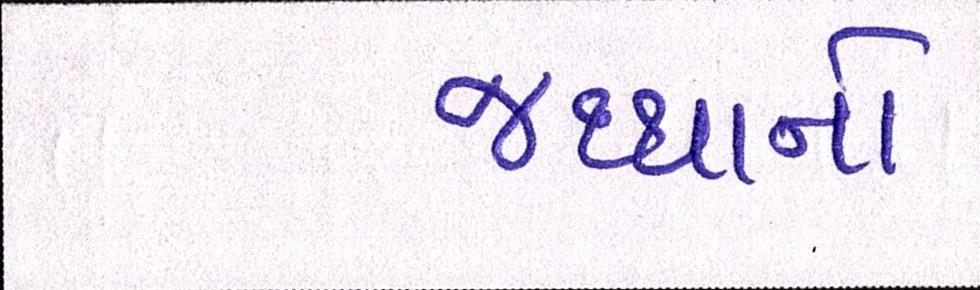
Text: જથ્થાનો